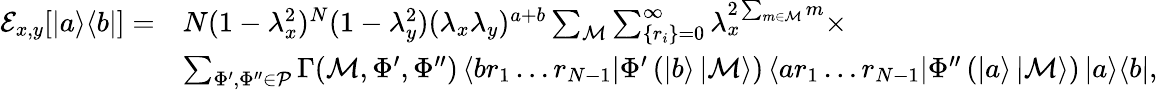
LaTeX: \begin{array}{rl}{\mathcal{E}_{x,y}[\left|a\middle>\middle<b\right|]=}&{N(1-\lambda_{x}^{2})^{N}(1-\lambda_{y}^{2})(\lambda_{x}\lambda_{y})^{a+b}\sum_{\mathcal{M}}\sum_{\{ r_{i}\} =0}^{\infty}\lambda_{x}^{2\sum_{m\in\mathcal{M}}m}\times}\\ &{\sum_{\Phi^{\prime},\Phi^{\prime\prime}\in\mathcal{P}}\Gamma(\mathcal{M},\Phi^{\prime},\Phi^{\prime\prime})\left<br_{1}\ldots r_{N-1}\right|\Phi^{\prime}\left(\left|b\right>\left|\mathcal{M}\right>\right)\left<ar_{1}\ldots r_{N-1}\right|\Phi^{\prime\prime}\left(\left|a\right>\left|\mathcal{M}\right>\right)\left|a\middle>\middle<b\right|,}\end{array}